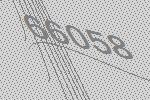
66058